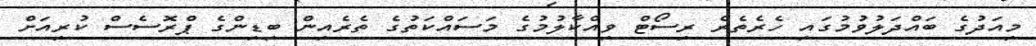
މިއަދުގެ ބައްދަލުވުމުގައި ހެރެތެރެ ރިސޯޓް ވިއްކާލުމުގެ މަސައްކަތުގެ ތެރެއިން ބިޑިންގެ ޕްރޮސެސް ކުރިއަށް